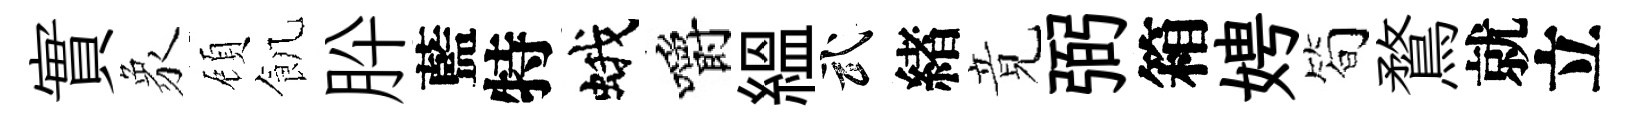
實象頋飢肸藍特蛾嚼緼武緖竟弼箱娉简鶩就立